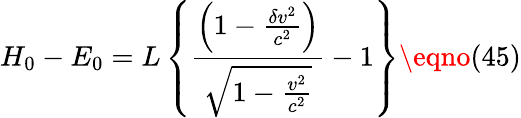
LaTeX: H_{0}-E_{0}=L\left\{ \frac{\left(1-\frac{\delta v^{2}}{c^{2}}\right)}{\sqrt{1-\frac{v^{2}}{c^{2}}}}-1\right\} \eqno(45)